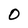
Character: O